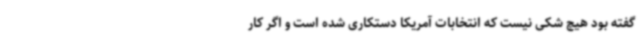
گفته بود هیچ شکی نیست که انتخابات آمریکا دستکاری شده است و اگر کار